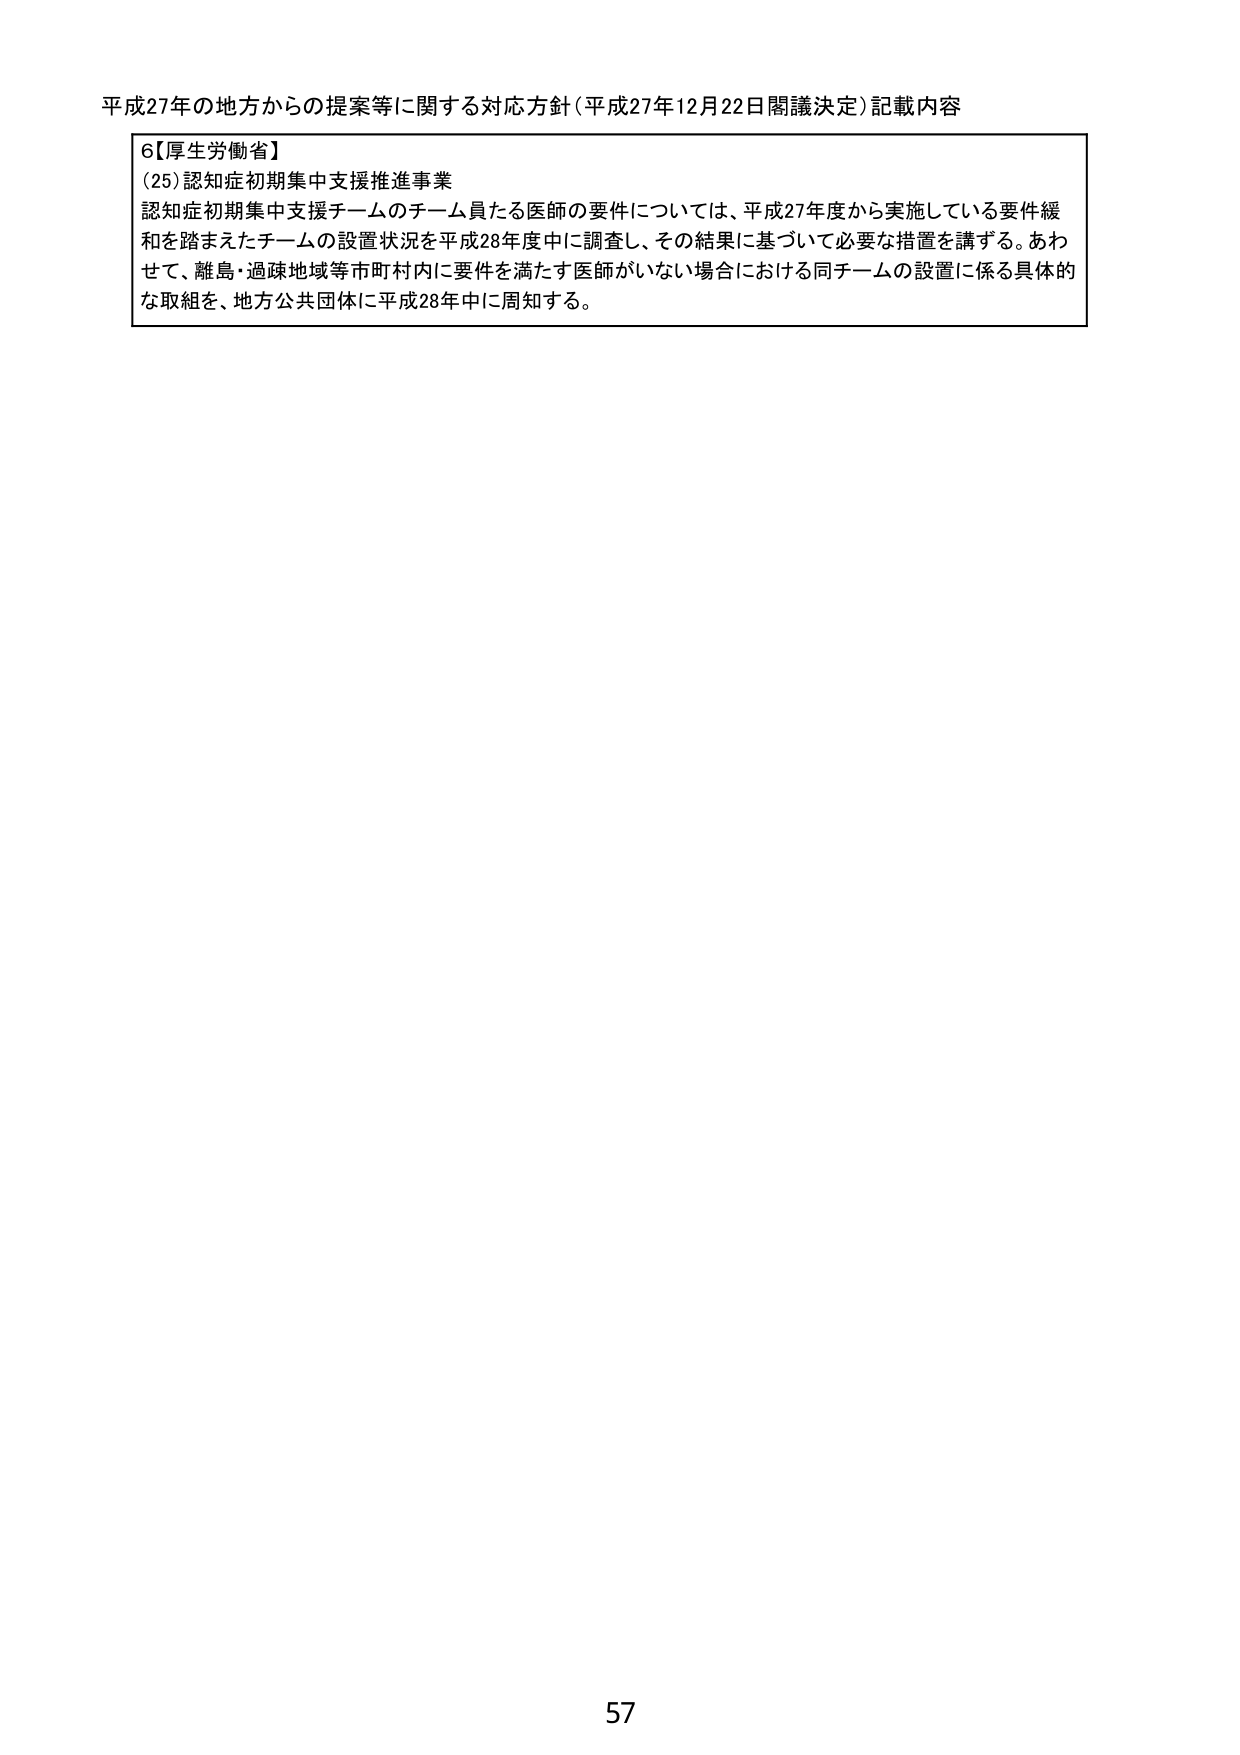
平成27年の地方からの提案等に関する対応方針（平成27年12月22日閣議決定）記載内容

6【厚生労働省】
(25) 認知症初期集中支援推進事業
認知症初期集中支援チームのチーム員たる医師の要件については、平成27年度から実施している要件緩和を踏まえたチームの設置状況を平成28年度中に調査し、その結果に基づいて必要な措置を講ずる。あわせて、離島・過疎地域等市町村内に要件を満たす医師がいない場合における同チームの設置に係る具体的な取組を、地方公共団体に平成28年中に周知する。

57